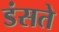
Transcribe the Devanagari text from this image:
डंसते